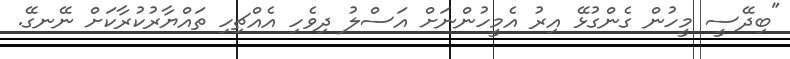
"ބިދޭސީ މީހުން ގެންގުޅޭ އިރު އެމީހުންނަށް އަސްލު ދިވެހި އެއްޗިހި ތައްޔާރުކުރާކަށް ނޭނގޭ.